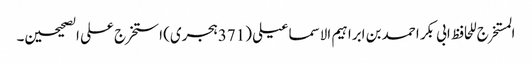
المستخرج للحافظ ابی بکر احمد بن ابراہیم الاسماعیلی (371ہجری) استخرج علی الصحیحین۔